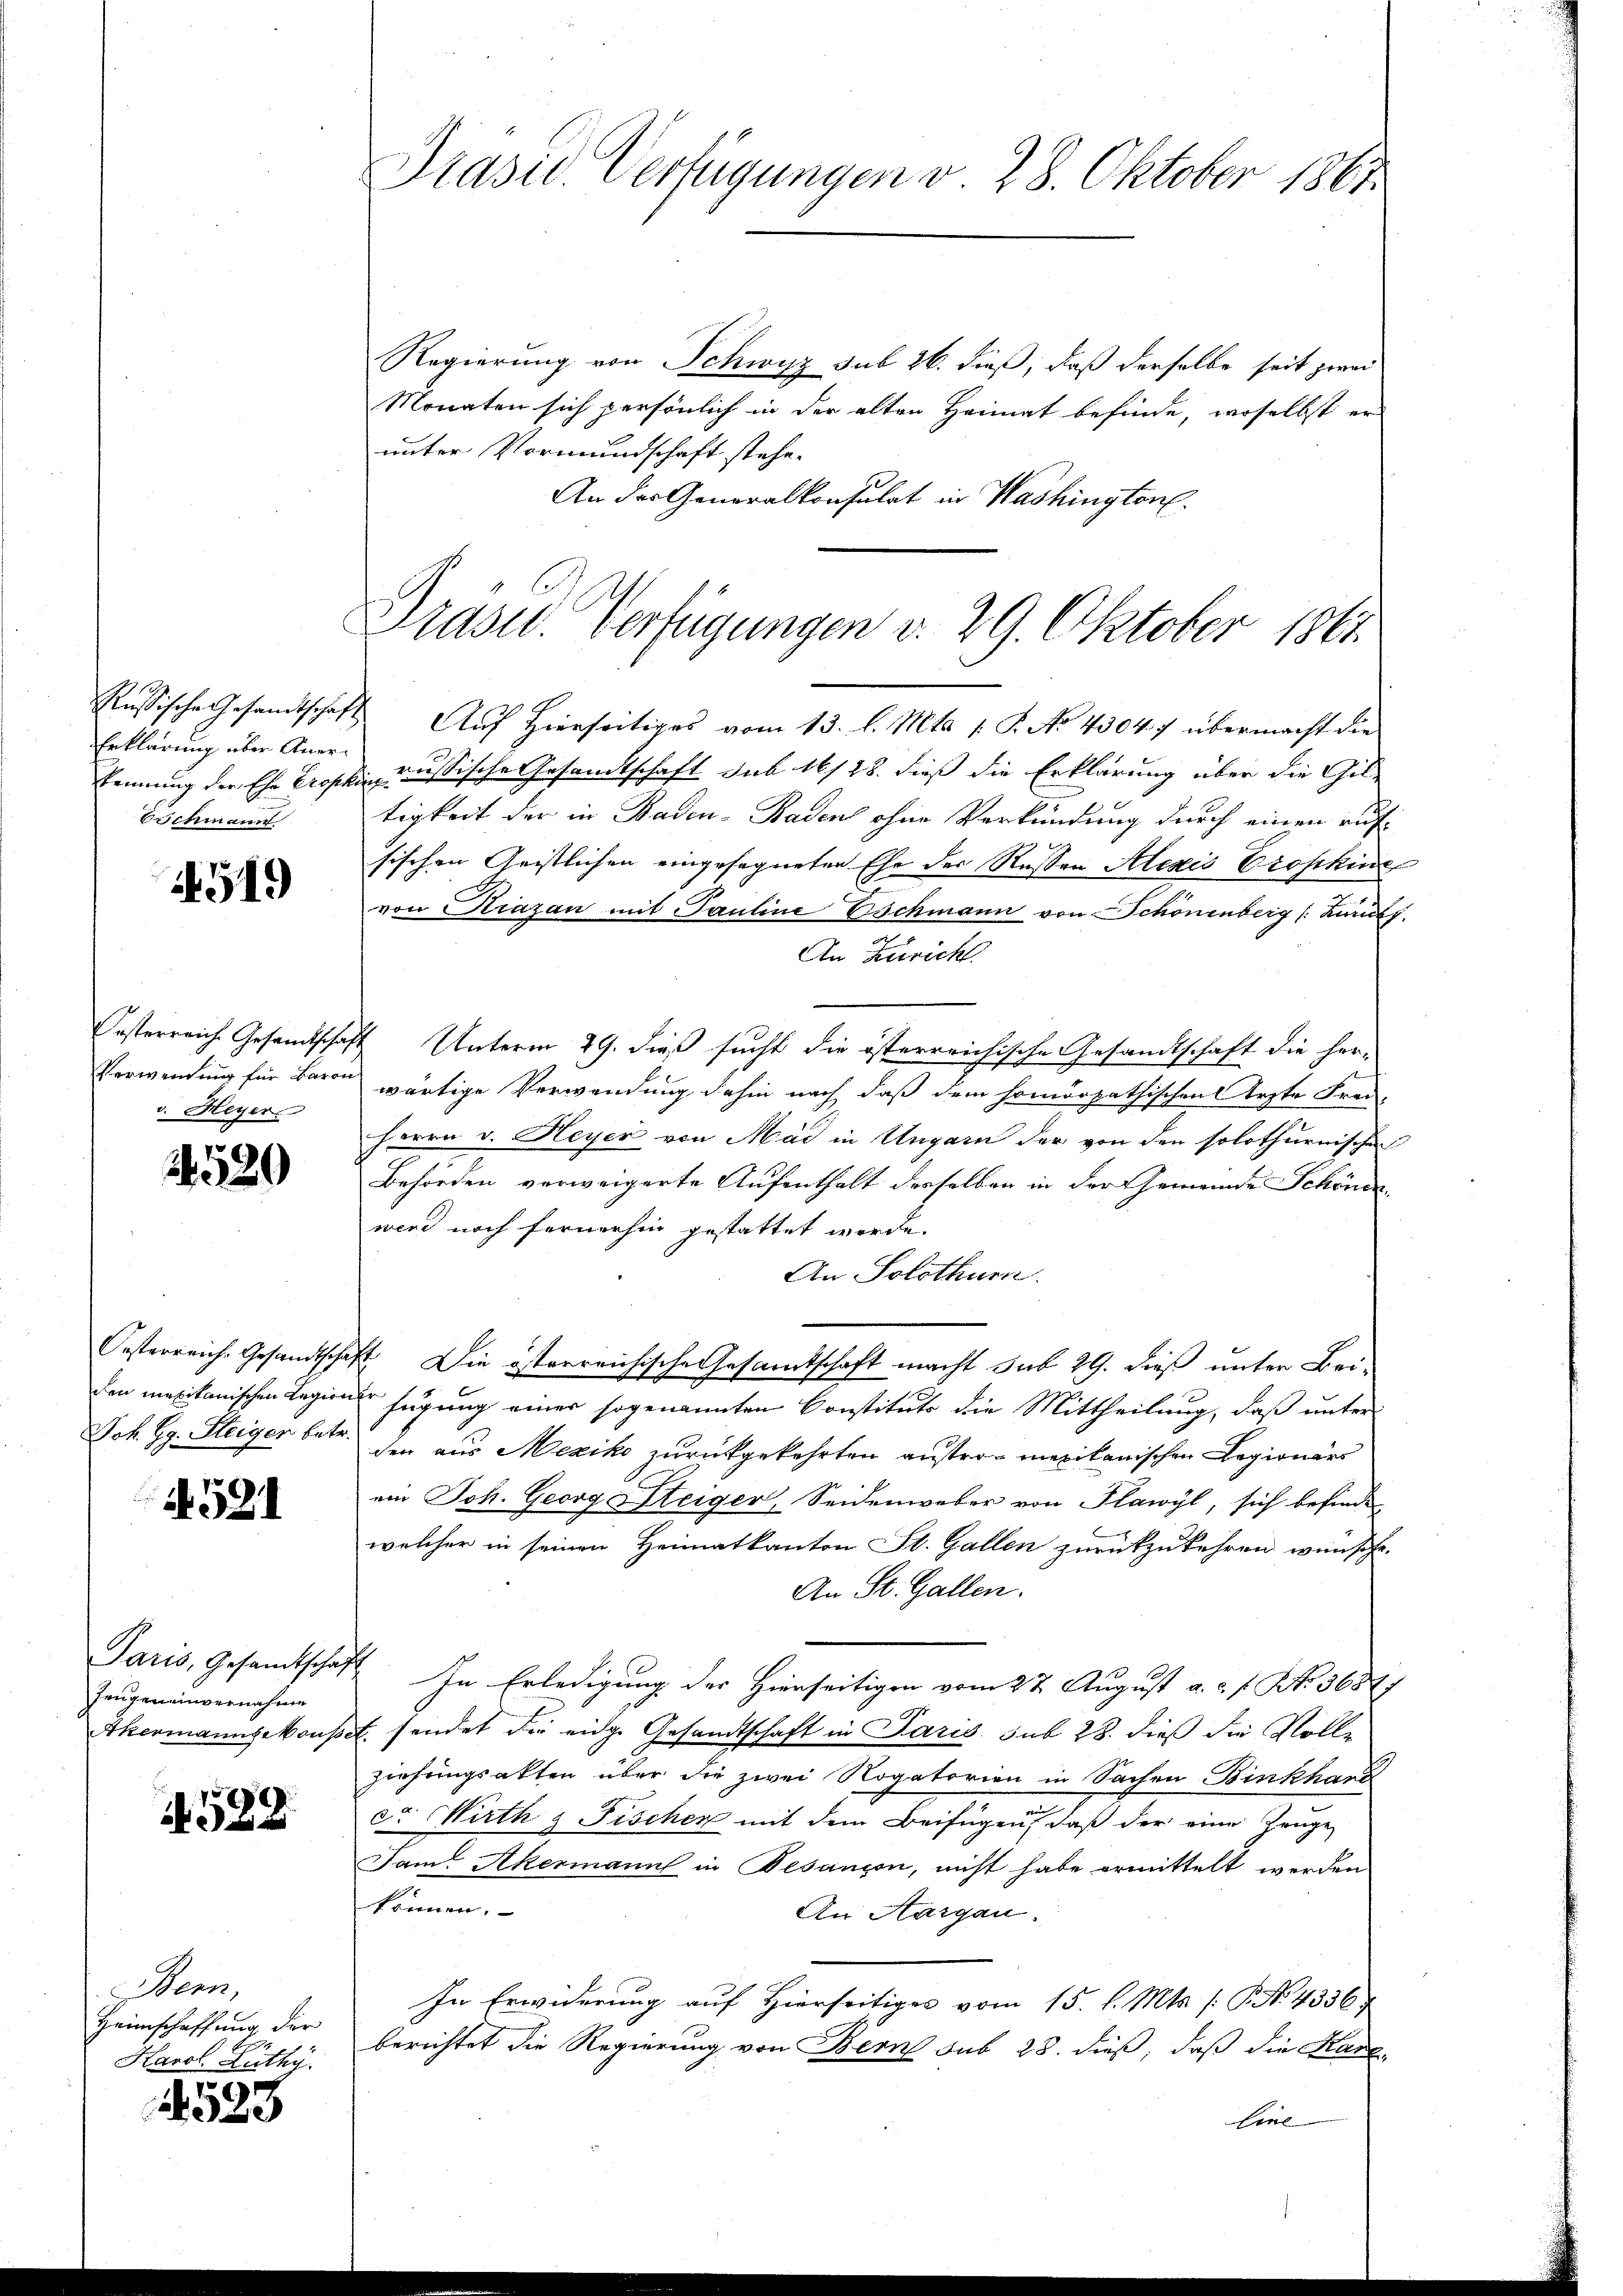
Erklärung über Anerkennung der Ehe Crosche
Eichmann

519

Verwendung für Baron
v. Heyer

24520

Joh. G. Fleiger betr.

4521

Zeugeneinvernahme

4589.

Bern,
Heimschaffung der
Karol. Lüthy.

1525

Präsid. Verfügungen v. 28. Oktober 1861.

Regierung von Schwyz sub 26. dieß, daß derselbe seit zwei
Monaten sich persönlich in der alten Heimat befinde, woselbst er
unter Vormundschaft stehe.
An der Generalkonsulat in Washington.

Präses Verfügungen d. 29. Oktober 1864.

Russische Gesandtschaft Auf hierseitiges vom 13. l. Mts. 1. P. No 43047 übermacht die
russische Gesandtschaft sub 16/28. dieß die Erklärung über die Gil-
itigkeit der in Baden- Baden ohne Verkündung durch einen auf-
sischen Geistlichen eingesegneten Ehe der Rossen Alexis Groschine
von Krazan mit Pauline Eschmann von Schönenberg (Kurf
An Zürich.
Oesterreich Gesandtschaft Unterm 29. dieß sucht die österreichische Gesandtschaft die her-
wärtige Verwendung dahin nach daß dem homöopathischen Arzte Frei-
Herrn v. Heyer von Mai in Ungarn der von den solothurnischen
Behörden verweigerte Aufenthalt derselben in der Gemeinde Schönde
wird noch fernerhin gestattet werde.
An Solothurn.
Oesterreiche Gesandtschaft. Die österreichische Gesamtschaft macht sub 29. dieß unter Bei-
den mexikanischen Regien fügung einer sogenannten Constituts die Mittheilung, daß unter
der aus Mexiko zurückgekehrten anster- mexikanischen Regiener
ein Joh. Georg Steiger, Seidenweber von Flawyl, sich befinden
welcher in seinen Heimatkanton St. Gallen zurückzukehren wünsche.
An St. Gallen.
Paris, Gesamtschaft. In Erledigung der Hierseitigen vom 22 August a. c. f. N. 3687)
Akermanngekonst sendet die eidge Gesandtschaft in Paris sub 28. dieß die Vollziehungsakten über die zwei Rogatorien in Sachen Binkhard
c. Wirth & Fischer mit dem Beifügen, daß der eine Zeuge
Jam. Akermann in Besançon, nicht habe ermittelt werden
können.
An Aargau.
In Erwiderung auf Hierseitiges vom 15. l. Mts. (: P. No. 4336;
berichtet die Regierung von Bern sub 28. dieß, daß die Kanz¬
Eine